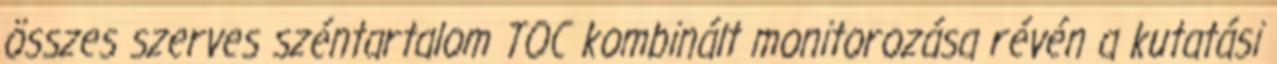
összes szerves széntartalom TOC kombinált monitorozása révén a kutatási